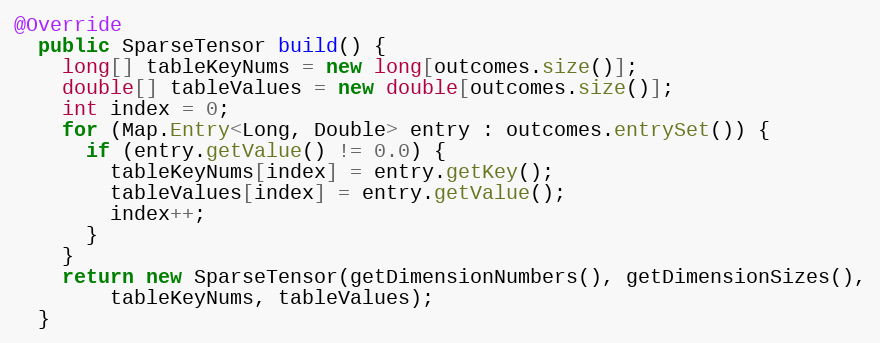
Language: Java
@Override
  public SparseTensor build() {
    long[] tableKeyNums = new long[outcomes.size()];
    double[] tableValues = new double[outcomes.size()];
    int index = 0;
    for (Map.Entry<Long, Double> entry : outcomes.entrySet()) {
      if (entry.getValue() != 0.0) {
        tableKeyNums[index] = entry.getKey();
        tableValues[index] = entry.getValue();
        index++;
      }
    }
    return new SparseTensor(getDimensionNumbers(), getDimensionSizes(),
        tableKeyNums, tableValues);
  }